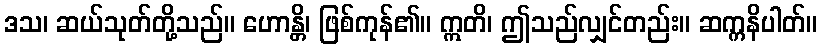
ဒသ၊ ဆယ်သုတ်တို့သည်။ ဟောန္တိ၊ ဖြစ်ကုန်၏။ ဣတိ၊ ဤသည်လျှင်တည်း။ ဆက္ကနိပါတ်။